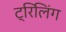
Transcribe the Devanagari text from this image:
ट्रिलिंग